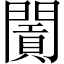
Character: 𨶛